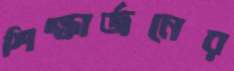
শিক্ষার্জনের